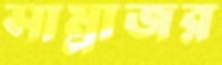
সাম্রাজর